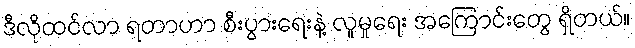
ဒီလိုထင်လာ ရတာဟာ စီးပွားရေးနဲ့ လူမှုရေး အကြောင်းတွေ ရှိတယ်။